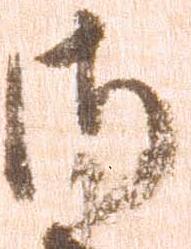
御